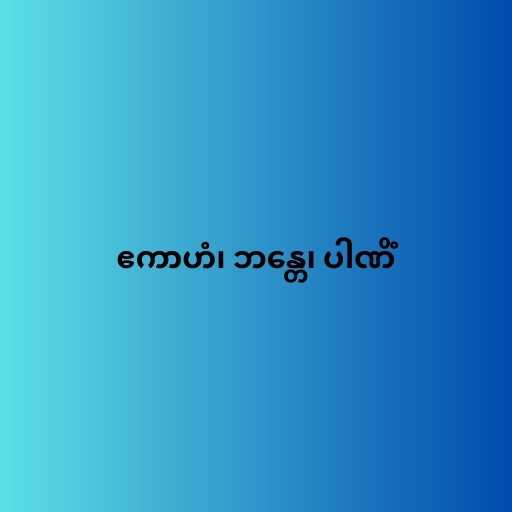
ဧကာဟံ၊ ဘန္တေ၊ ပါဏိံ